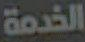
الخدمة